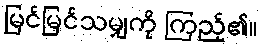
မြင်မြင်သမျှကို ကြည့်၏။